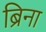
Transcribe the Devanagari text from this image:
ब्रिना